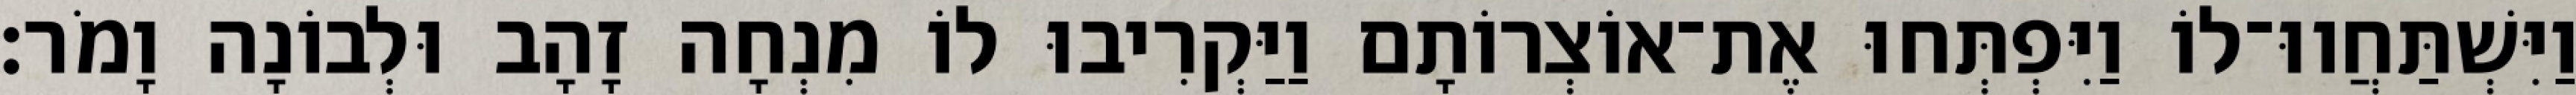
וַיִּשְׁתַּחֲווּ־לוֹ וַיִּפְתְּחוּ אֶת־אוֹצְרוֹתָם וַיַּקְרִיבוּ לוֹ מִנְחָה זָהָב וּלְבוֹנָה וָמֹר׃